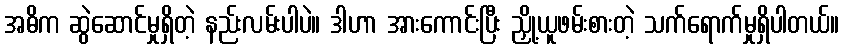
အဓိက ဆွဲဆောင်မှုရှိတဲ့ နည်းလမ်းပါပဲ။ ဒါဟာ အားကောင်းပြီး ညှို့ယူဖမ်းစားတဲ့ သက်ရောက်မှုရှိပါတယ်။